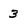
Character: 3